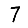
Digit: 7